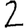
Digit: 2